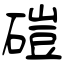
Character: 磑